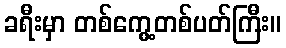
ခရီးမှာ တစ်ကွေ့တစ်ပတ်ကြီး။